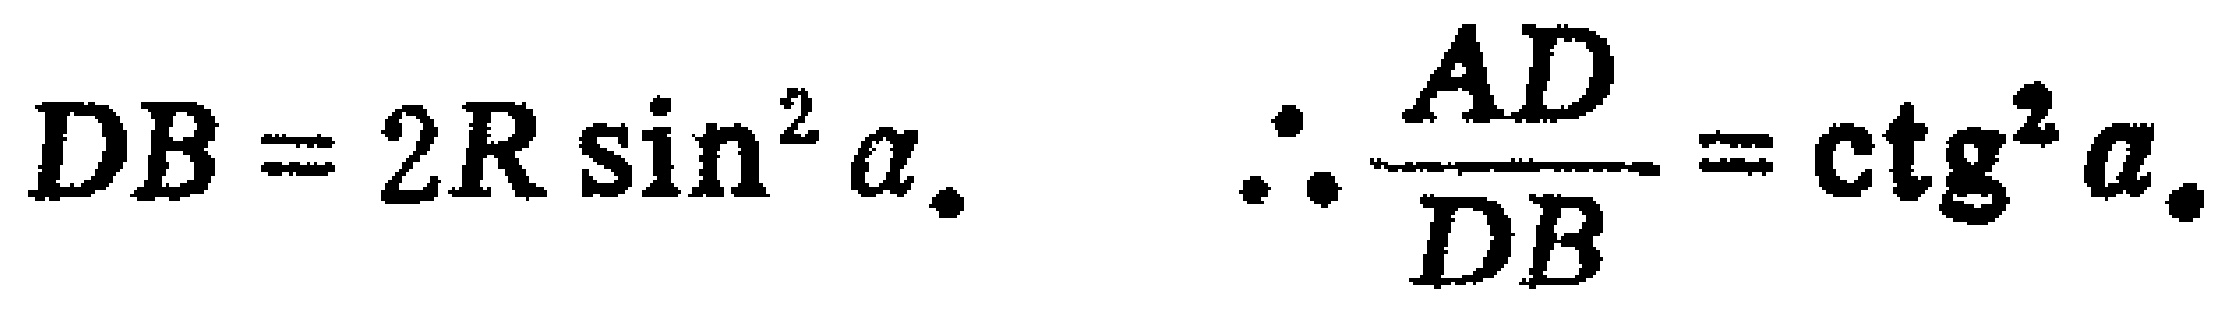
\(DB = 2R \sin^{2} \alpha.\)  \(\therefore \frac{AD}{DB} = \mathrm{ctg}^{2} \alpha.\)